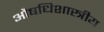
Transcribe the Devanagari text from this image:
औषधिशास्त्रीय